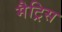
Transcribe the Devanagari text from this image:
मैट्रिस